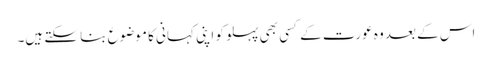
اس کے بعد وہ عورت کے کسی بھی پہلو کو اپنی کہانی کا موضوع بنا سکتے ہیں۔